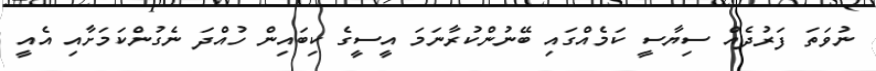
ނުވަތަ ފަރުދެއް ސިޔާސީ ކަމެއްގައި ބޭނުންކުރާނަމަ އީސީގެ ކިބައިން ހުއްދަ ނެގުންކަމަށާއި އެއީ